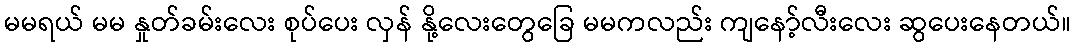
မမရယ် မမ နှုတ်ခမ်းလေး စုပ်ပေး လှန် နို့လေးတွေခြေ မမကလည်း ကျနော့်လီးလေး ဆွပေးနေတယ်။